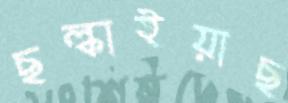
ছল্‌কাইয়াছ